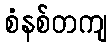
စံနစ်တကျ